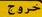
خروج